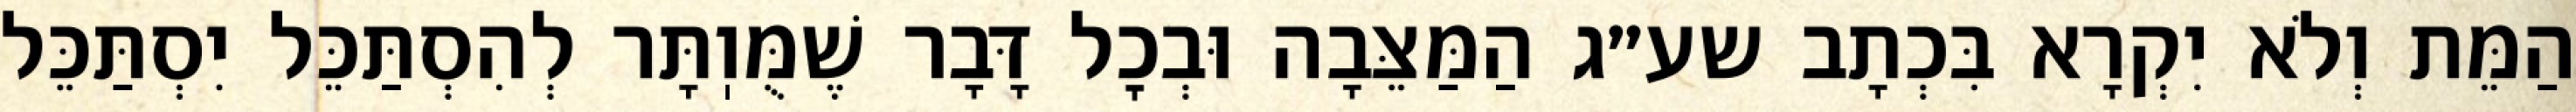
הַמֵּת וְלֹא יִקְרָא בִּכְתָב שע״ג הַמַּצֵּבָה וּבְכׇל דָּבָר שֶׁמֻּוֽתָּר לְהִסְתַּכֵּל יִסְתַּכֵּל